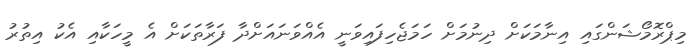
މިޕްރޮމޯޝަންގައި އިނާމަކަށް ދިނުމަށް ހަމަޖެހިފައިވަނީ އެއްވަނައަށްދާ ފަރާތަކަށް އެ މީހަކާއި އެކު އިތުރު